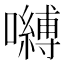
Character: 嚩